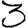
Digit: 3